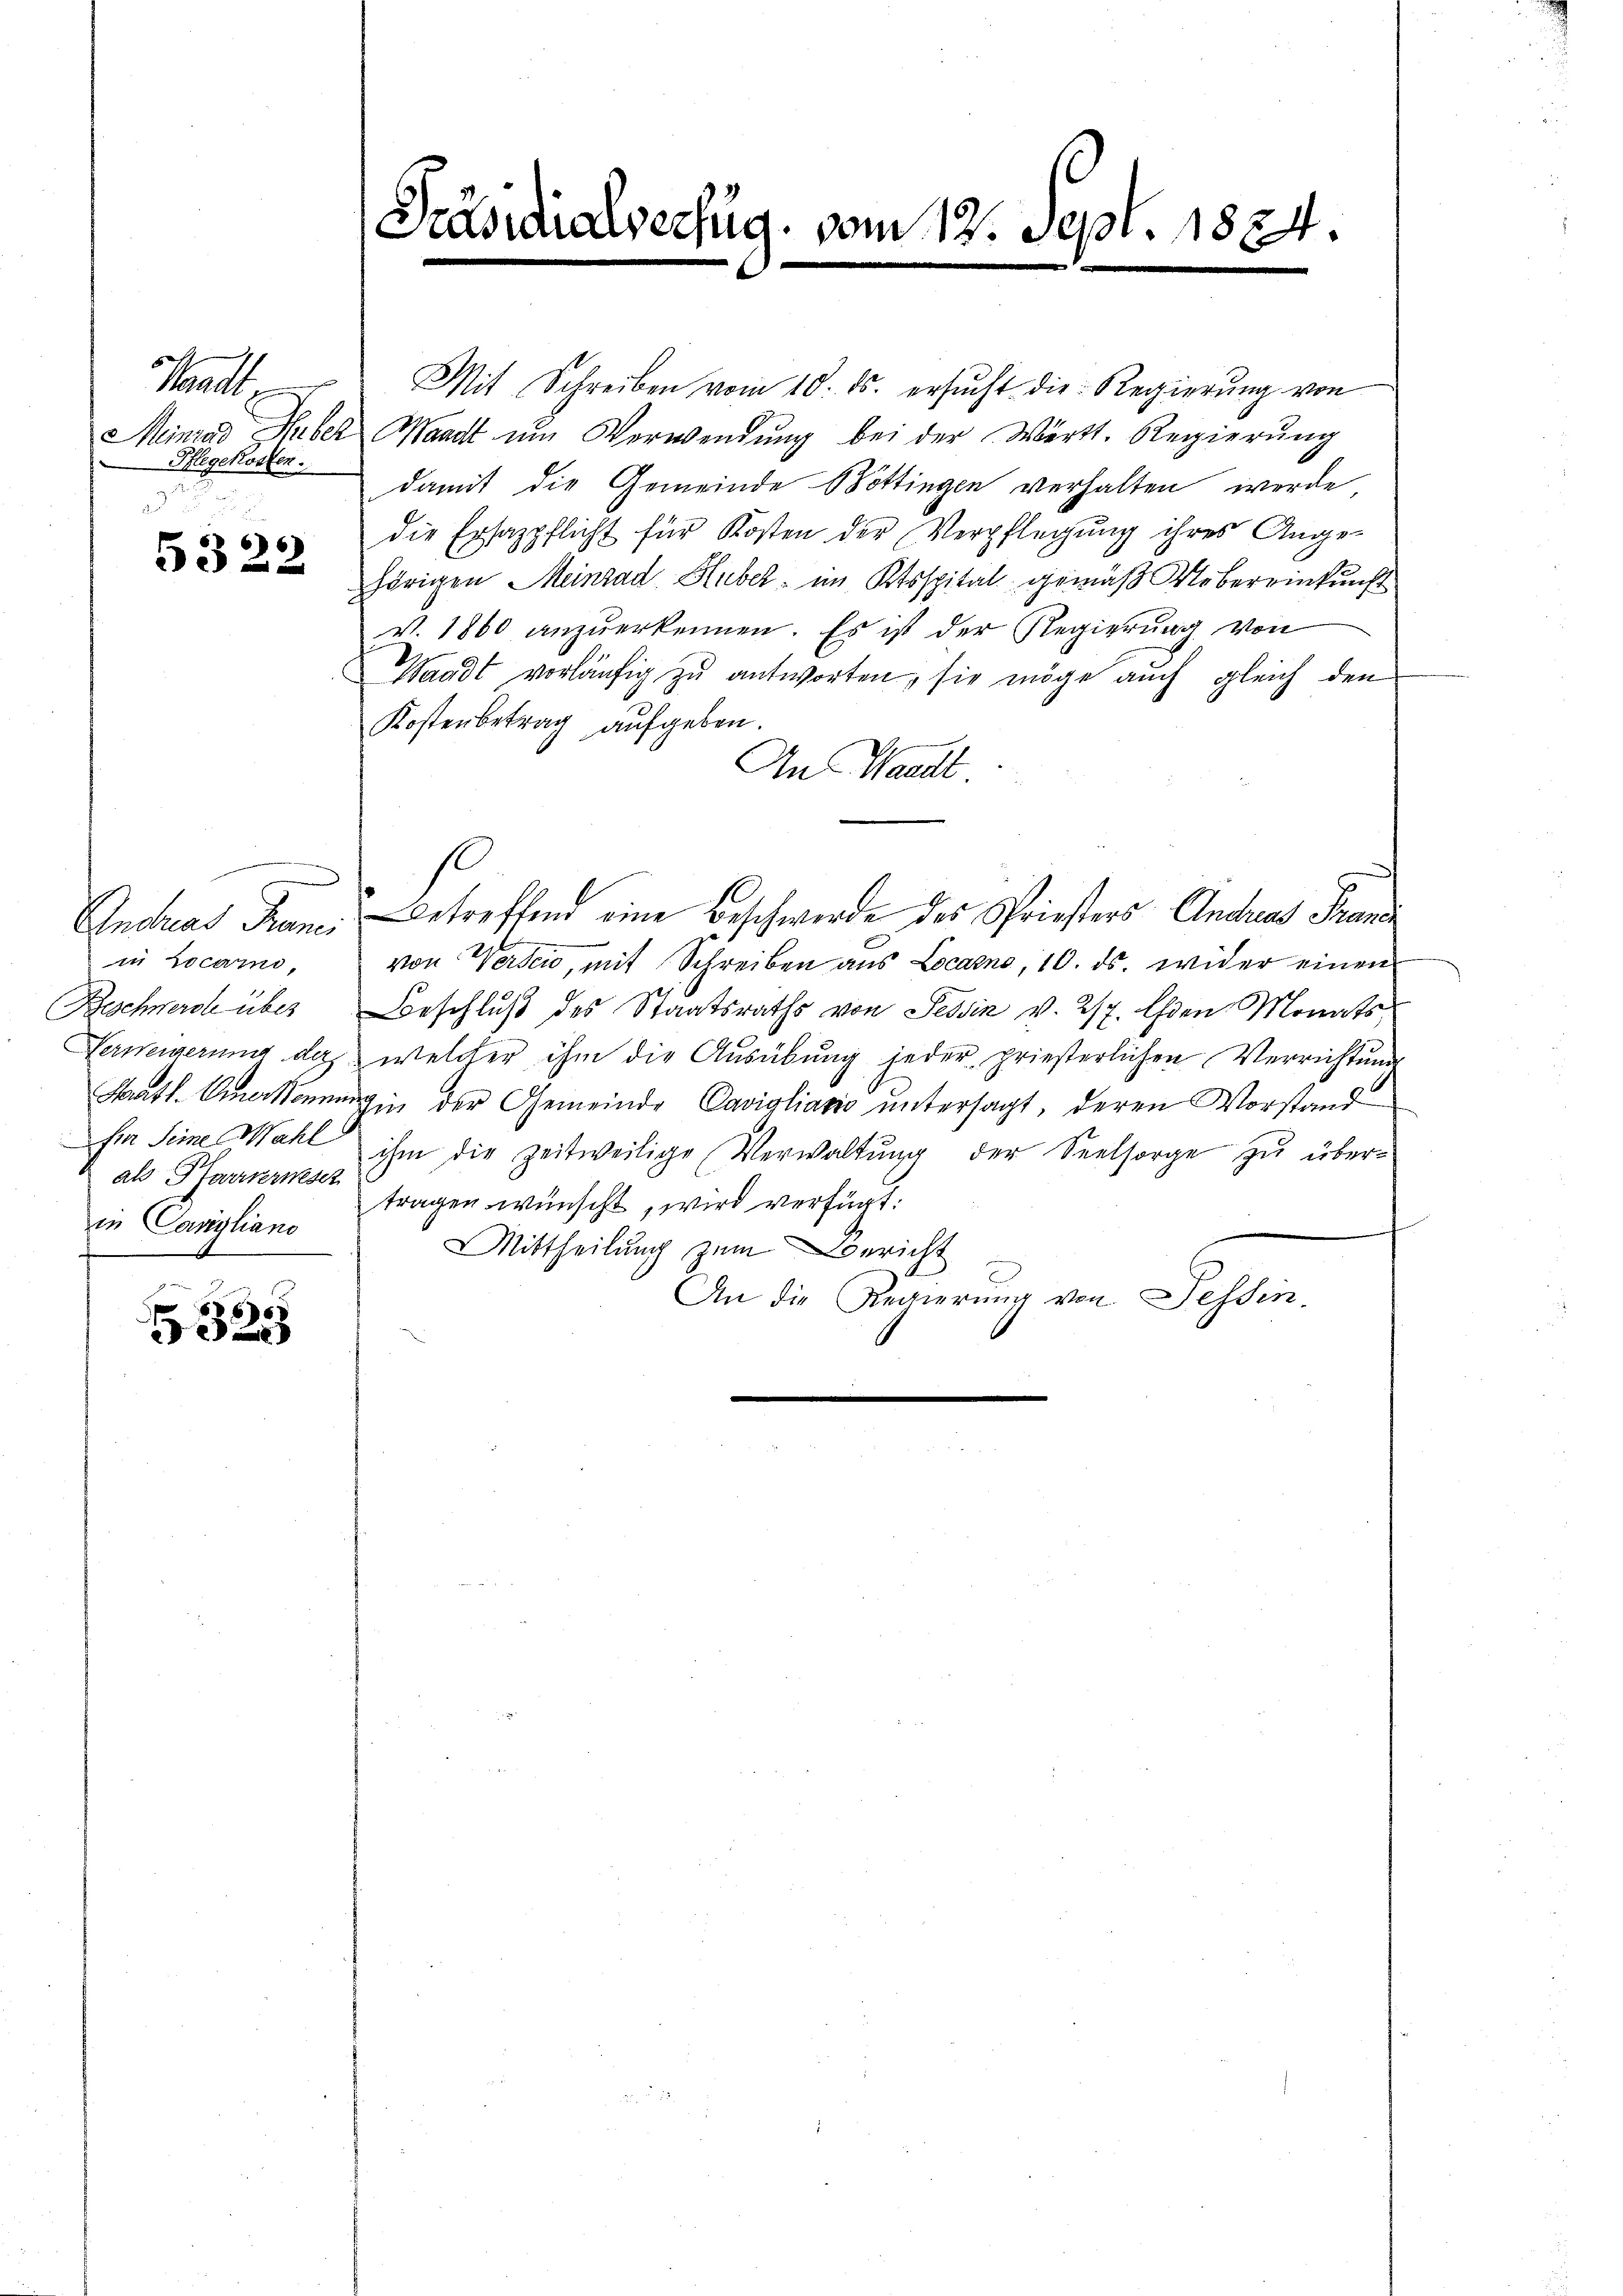
Hatte
Minrad Huber
Pflegekosten.

5322

in Locarno,
als Pfarrverweser
in Canyliano

325

Mit Schreiben vom 10. ds. ersŭcht die Regierŭng von
Waadt um Verwendung bei der Wertt. Regierung
damit die Gemeinde Böttingen verhalten werde
die Ersazpflicht für Kosten der Verpflegung ihres Ange-
hörigen Meinrad Huber, im Ktsspital gemäß Uebereinkunft
v. 1860 anzuerkennen. Es ist der Regierung von
Waadt vorläufig zu antworten, sie möge auch gleich den
Kostenbetrag aufgeben.
An Waadt
e
Andreas Franz betreffend eine Beschwerde des Priesters Andreas Franz
von Werden, mit Schreiben aus Locarno, 10. ds. wider einen
Beschwerde über Beschluß des Staatsraths von Tessin v. 217. Ehen Monats
Verweigerung der welcher ihm die Ausübung jeder priesterlichen Verrichtung
Statt. Anerkennung in der Gemeinde Cavigliatio untersagt, deren Vorstand
si Seine Wahl ihm die zeitweilige Verwaltung der Seelsorge zu übertragen wünscht, wird verfügt:
Mittheilung zum Bericht
An die Regierung von Tessin.
e

[Präsidialverfug. vom 12. Sept. 1824.